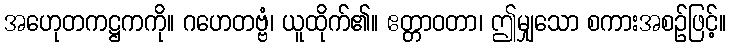
အဟေုတကဋ္ဌကကို။ ဂဟေတဗ္ဗံ၊ ယူထိုက်၏။ ဧတ္တာဝတာ၊ ဤမျှသော စကားအစဉ်ဖြင့်။